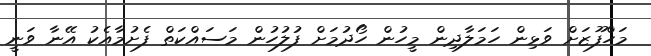
މަހްފޫޒަށް ވަޅިން ހަމަލާދިން މީހުން ހޯދުމަށް ފުލުހުން މަސައްކަތް ފެށުމާއެކު އޭނާ ވަނީ